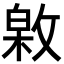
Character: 𢾟